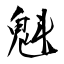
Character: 魁